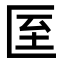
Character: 𭅙